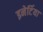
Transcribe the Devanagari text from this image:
इनेर्टिया